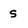
Character: s